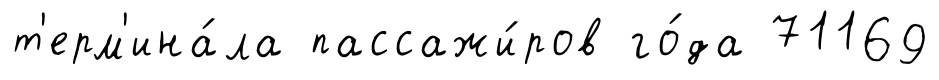
т'ерм'ина́ла пассажи́ров го́да 71169